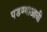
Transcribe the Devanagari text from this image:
पडण्याआधी